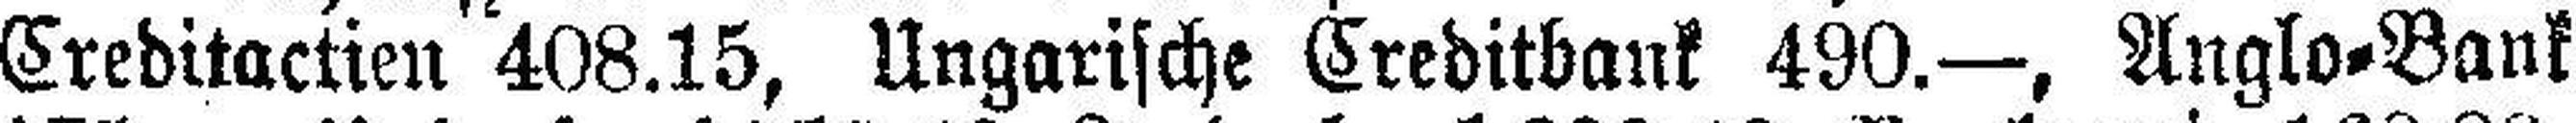
Creditactien 408.15, Ungarische Creditbank 490.—, Anglo=Bank